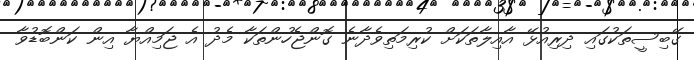
ގޭބިސީތަކުގައި ދިރިއުޅޭ އާއިލާތަކަށް ކުރިމަތިވެދާނެ ގޮންޖެހުންތަކާ މެދު އެ ޖަމިއްޔާ އިން ކަންބޮޑުވާ